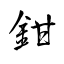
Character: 鉗